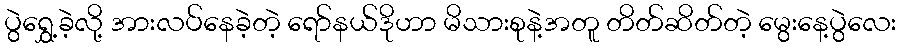
ပွဲရွှေ့ခဲ့လို့ အားလပ်နေခဲ့တဲ့ ရော်နယ်ဒိုဟာ မိသားစုနဲ့အတူ တိတ်ဆိတ်တဲ့ မွေးနေ့ပွဲလေး